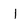
Character: l